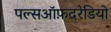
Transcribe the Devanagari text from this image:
पल्सऑफ़दरेडियो